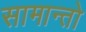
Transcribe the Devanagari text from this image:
सामान्तो